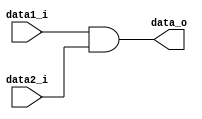
module And(
	data1_i,
	data2_i,
	data_o
);

// Ports
input 	data1_i, data2_i;	

output data_o;

assign data_o = data1_i & data2_i;

endmodule